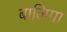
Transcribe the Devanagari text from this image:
बालिगा